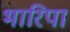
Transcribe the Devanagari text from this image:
भारिपा